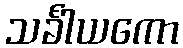
သင်္ခါယကော